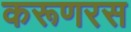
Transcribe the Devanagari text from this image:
करूणरस